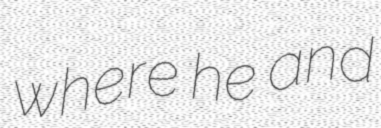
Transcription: where he and